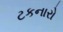
ટકનારો